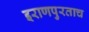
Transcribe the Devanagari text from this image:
इराणपुरताच